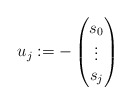
\begin{align*} u_{j}:= -\begin{pmatrix} s_0 \\ \vdots \\ s_{j} \end{pmatrix}\end{align*}